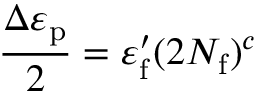
{ \frac { \Delta \varepsilon _ { \mathrm { p } } } { 2 } } = \varepsilon _ { \mathrm { f } } ^ { \prime } ( 2 N _ { \mathrm { f } } ) ^ { c }